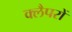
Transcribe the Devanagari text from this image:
क्लैपरों